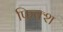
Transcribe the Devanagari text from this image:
फिक्श